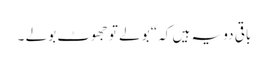
باقی دو یہ ہیں کہ“ بولے تو جھوٹ بولے ۔